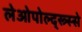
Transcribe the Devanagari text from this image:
लेओपोल्द्स्त्र्स्से